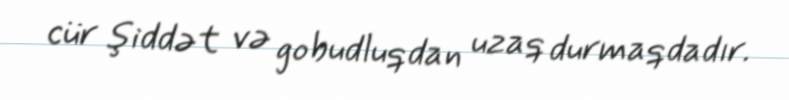
cür şiddət və gobudluqdan uzaq durmaqdadır.